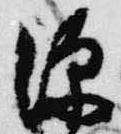
源